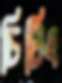
চিটিং